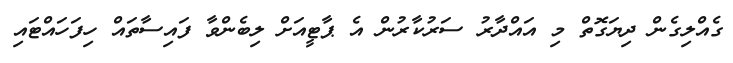
ގެއްލިގެން ދިޔަގޮތް މި އައްދާރު ސަރުކާރުން އެ ޕާޓީއަށް ލިބެންވާ ފައިސާތައް ހިފަހައްޓައި